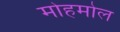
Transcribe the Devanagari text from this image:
मोहमोल